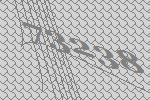
73238